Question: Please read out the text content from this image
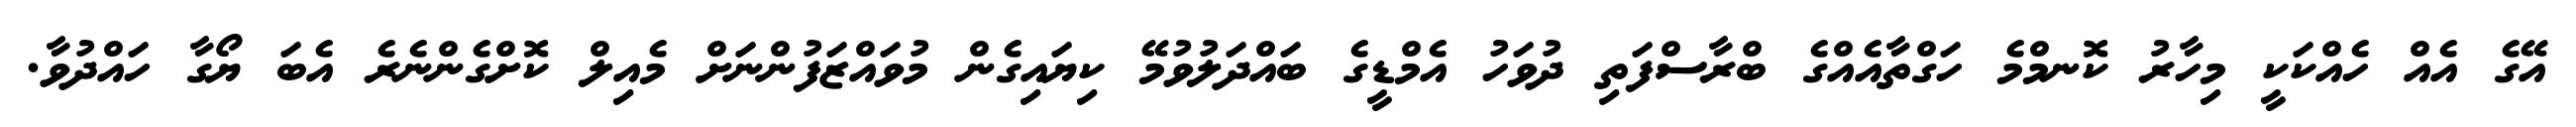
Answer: އޭގެ އެއް ހެއްކަކީ މިހާރު ކޮނމްމެ ހަގްތާއެއްގެ ބްރާސްފަތި ދުވަހު އެމްޑީގެ ބައްދަލުވުމޭ ކިޔައިގެން މުވައްޒަފުންނަށް މެއިލް ކޮށްގެންނެރެ އެބަ ޔޯގާ ހައްދުވާ.